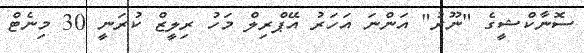
ސޮނާކްޝީގެ "ނޫރު" އަންނަ އަހަރު އޭޕްރިލް މަހު ރިލީޒް ކުރަނީ 30 މިނެޓް